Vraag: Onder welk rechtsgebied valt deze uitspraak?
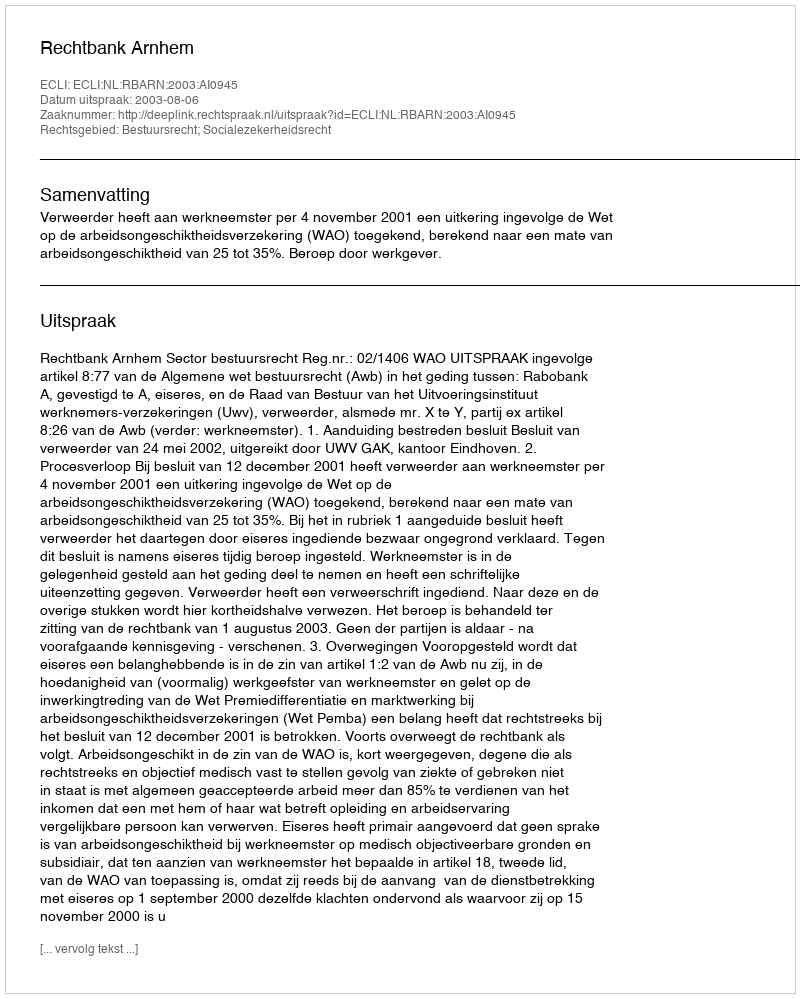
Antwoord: Bestuursrecht; Socialezekerheidsrecht